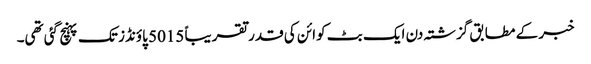
خبر کے مطابق گزشتہ دن ایک بٹ کوائن کی قدر تقریباً 5015 پاؤنڈز تک پہنچ گئی تھی۔